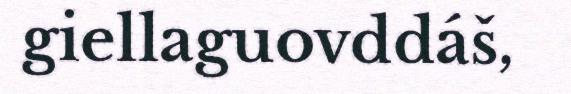
giellaguovddáš,